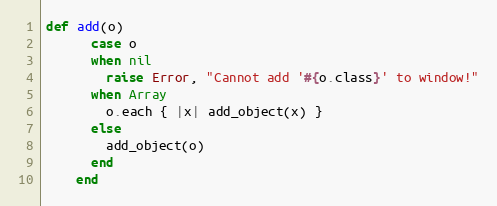
Language: Ruby
def add(o)
      case o
      when nil
        raise Error, "Cannot add '#{o.class}' to window!"
      when Array
        o.each { |x| add_object(x) }
      else
        add_object(o)
      end
    end